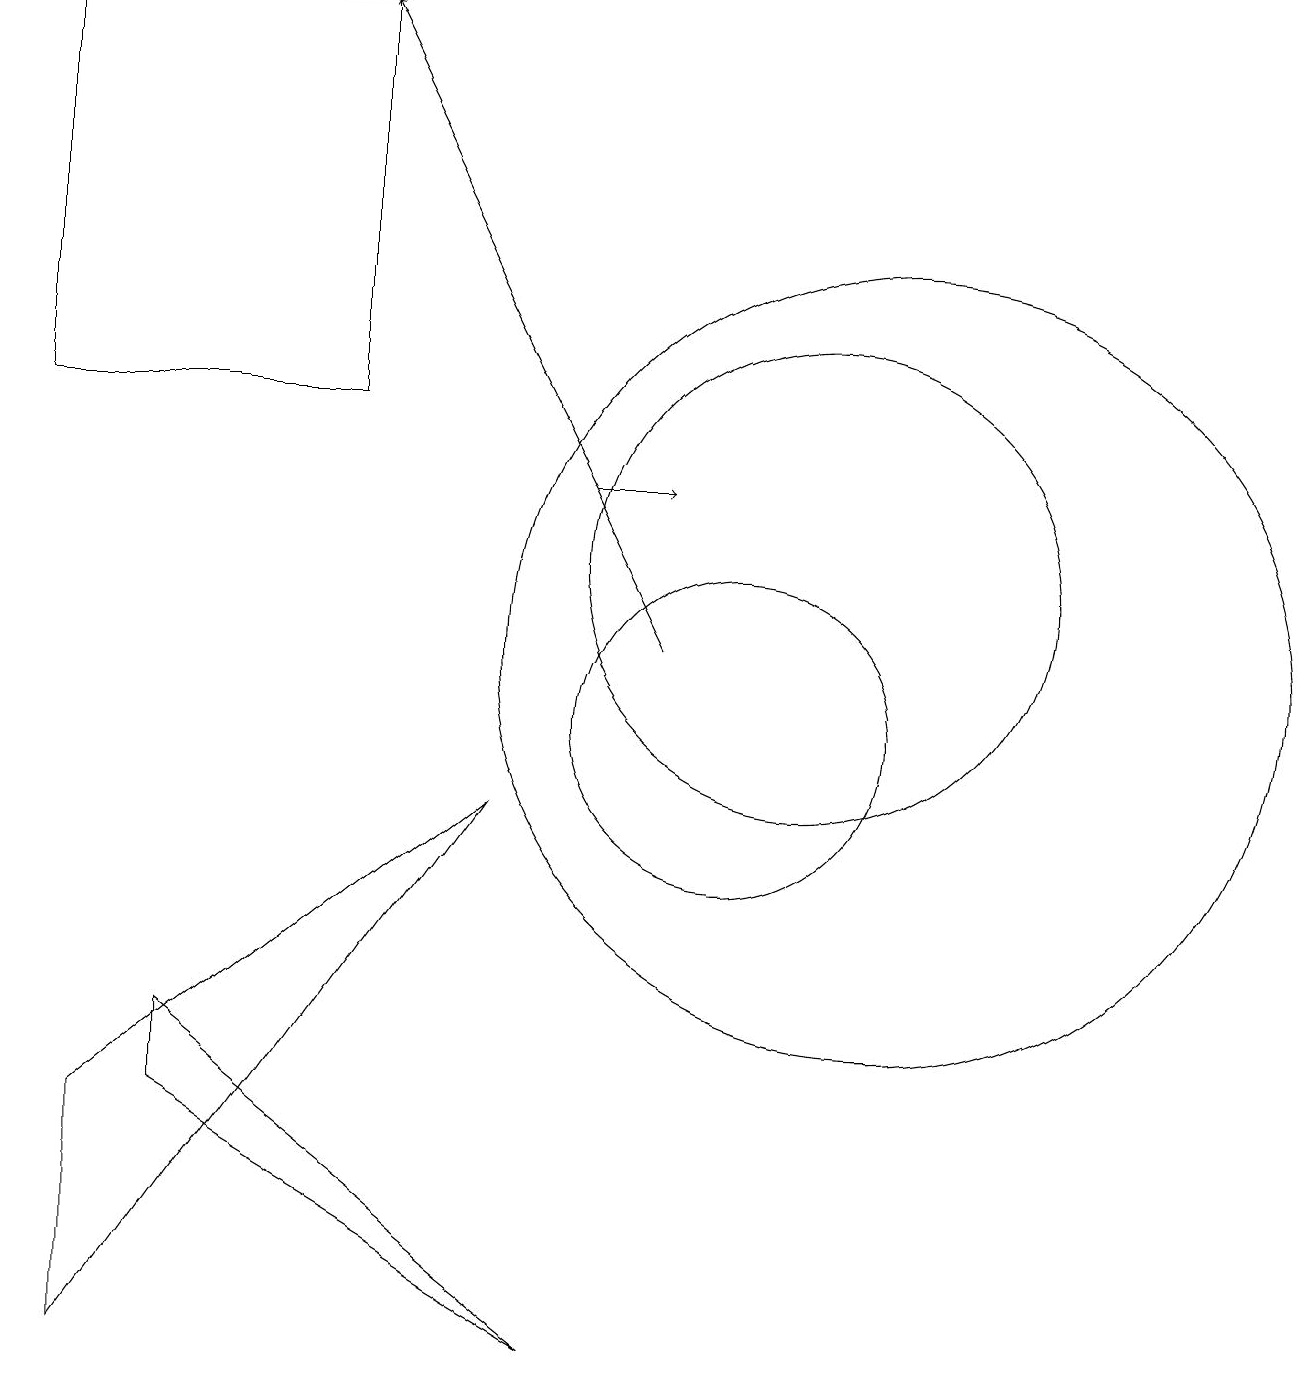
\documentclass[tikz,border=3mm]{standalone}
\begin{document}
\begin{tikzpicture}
\draw[->] (9,11) -- (5,19);
\draw (10,10) circle (2);
\draw (11,12) circle (3);
\draw (7,9) -- (2,5) -- (2,2) -- cycle;
\draw (3,5) -- (8,2) -- (3,6) -- cycle;
\draw (1,14) rectangle (5,19);
\draw[->] (8,13) -- (9,13);
\draw (12,11) circle (5);
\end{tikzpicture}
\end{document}